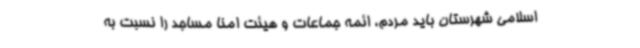
اسلامی شهرستان باید مردم، ائمه جماعات و هیئت امنا مساجد را نسبت به